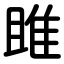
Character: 雎